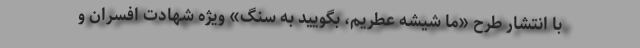
با انتشار طرح «ما شیشه عطریم، بگویید به سنگ» ویژه شهادت افسران و